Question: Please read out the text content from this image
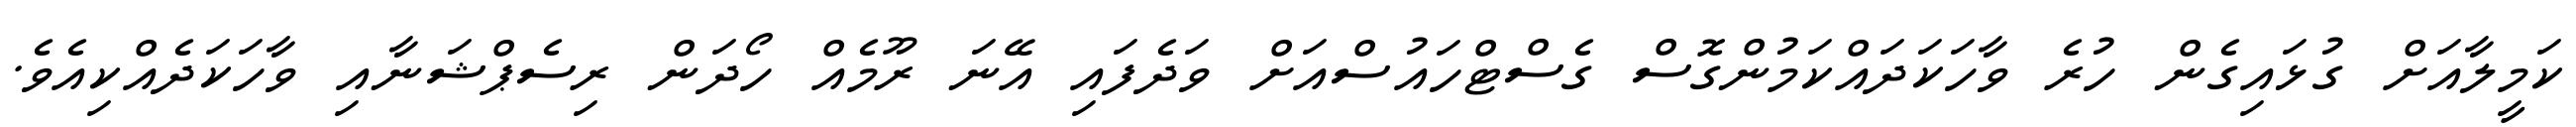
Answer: ކަމީލާއަށް ގުޅައިގެން ހުރެ ވާހަކަދައްކަމުންގޮސް ގެސްޓްހައުސްއަށް ވަދެފައި އޭނަ ރޫމެއް ހޯދަން ރިސެޕްޝަނާއި ވާހަކަދެއްކިއެވެ.